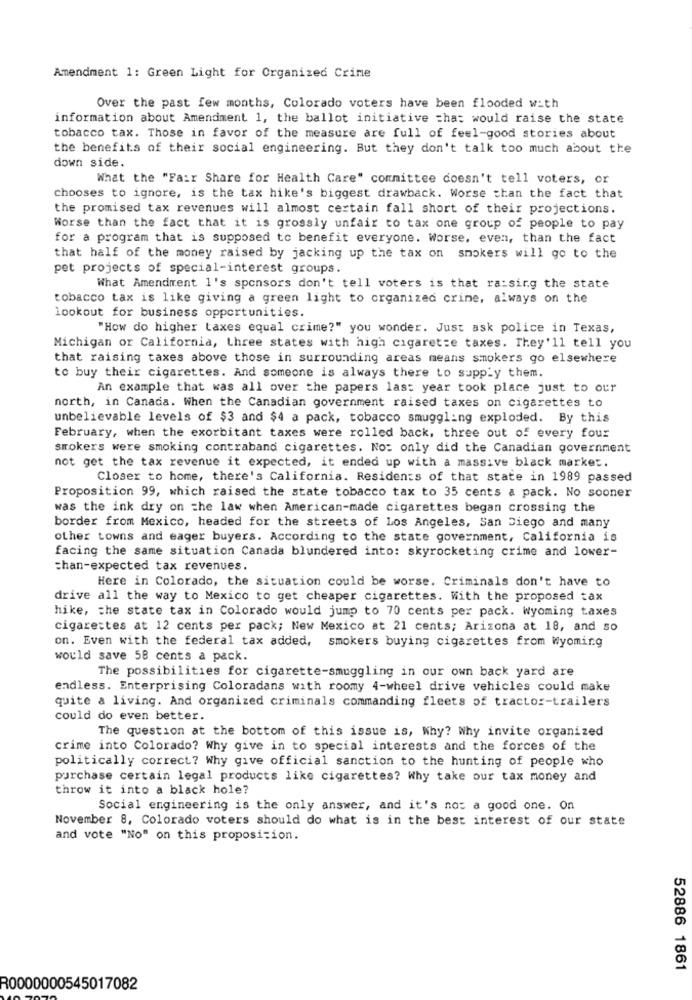
Amendment 1: Green Light for Organized Crime
Over the past few months, Colorado voters have been flooded with
information about Amendment 1, the ballot initiative that would raise the state
tobacco tax. Those in favor of the measure are full of feel-good stories about
the benefits of their social engineering. But they don't talk too much about the
down side.
What the "Fair Share for Health Care" committee doesn't tell voters, or
chooses to ignore, is the tax hike's biggest drawback. Worse than the fact that
the promised tax revenues will almost certain fall short of their projections.
Worse than the fact that it is grossly unfair to tax one group of people to pay
for a program that is supposed to benefit everyone. Worse, even, than the fact
that half of the money raised by jacking up the tax on smokers will go to the
pet projects of special-interest groups.
What Amendment 1's sponsors don't tell voters is that ra:sing the state
tobacco tax is like giving a green light to organized crime, always on the
lookout for business opportunities.
"How do higher taxes equal crime?" you wonder. Just ask police in Texas,
Michigan or California, three states with high cigarette taxes. They'll tell you
that raising taxes above those in surrounding areas means smokers go elsewhere
to buy their cigarettes. And someone is always there to supply them.
An example that was all over the papers last year took place just to our
north, in Canada. When the Canadian government raised taxes on cigarettes to
unbelievable levels of $3 and $4 a pack, tobacco smuggling exploded. By this
February, when the exorbitant taxes were rolled back, three out of every four
smokers were smoking contraband cigarettes. No: only did the Canadian government
not get the tax revenue it expected, it ended up with a massive black market.
Closer to home, there's California. Residents of that state in 1989 passed
Proposition 99, which raised the state tobacco tax to 35 cents a pack. No sooner
was the ink dry on the law when American-made cigarettes began crossing the
border from Mexico, headed for the streets of Los Angeles, San Diego and many
other towns and eager buyers. According to the state government, California is
facing the same situation Canada blundered into: skyrocketing crime and lower-
than-expected tax revenues.
Here in Colorado, the situation could be worse. Criminals don't have to
drive all the way to Mexico to get cheaper cigarettes. With the proposed tax
hike, the state tax in Colorado would jump to 70 cents per pack. Wyoming taxes
cigarettes at 12 cents per pack; New Mexico at 21 cents; Arizona at 18, and so
on. Even with the federal tax added, smokers buying cigarettes from Wyoming
would save 58 cents a pack.
The possibilities for cigarette-smuggling in our own back yard are
endless. Enterprising Coloradans with roomy 4-wheel drive vehicles could make
quite a living. And organized criminals commanding fleets of tractor-trailers
could do even better.
The question at the bottom of this issue is, Why? Why invite organized
crime into Colorado? Why give in to special interests and the forces of the
politically correct? Why give official sanction to the hunting of people who
purchase certain legal products like cigarettes? Why take our tax money and
throw it into a black hole?
Social engineering is the only answer, and it's not a good one. On
November 8, Colorado voters should do what is in the best interest of our state
and vote "No" on this proposition.
52886 1861
R0000000545017082